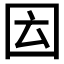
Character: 𡇁